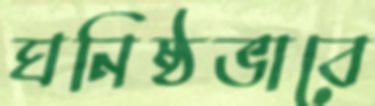
ঘনিষ্ঠভাবে